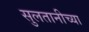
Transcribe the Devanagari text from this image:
सुलतानीच्या